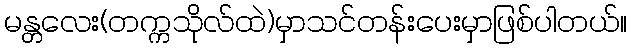
မန္တလေး(တက္ကသိုလ်ထဲ)မှာသင်တန်းပေးမှာဖြစ်ပါတယ်။